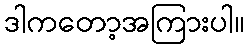
ဒါကတော့အကြားပါ။